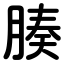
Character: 腠